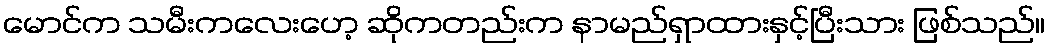
မောင်က သမီးကလေးဟေ့ ဆိုကတည်းက နာမည်ရှာထားနှင့်ပြီးသား ဖြစ်သည်။